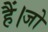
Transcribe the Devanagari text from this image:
हैं।जो